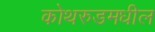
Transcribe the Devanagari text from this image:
कोथरुडमधील